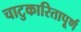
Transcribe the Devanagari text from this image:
चाटुकारितापूर्ण